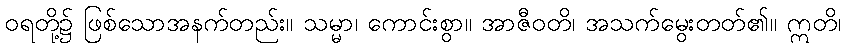
ဝရတို့၌ ဖြစ်သောအနက်တည်း။ သမ္မာ၊ ကောင်းစွာ။ အာဇီဝတိ၊ အသက်မွေးတတ်၏။ ဣတိ၊